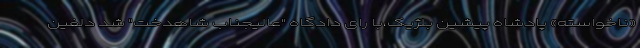
«ناخواسته» پادشاه پیشین بلژیک،با رای دادگاه "عالیجناب شاهدخت" شد دلفین